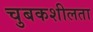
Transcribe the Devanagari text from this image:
चुबकशीलता